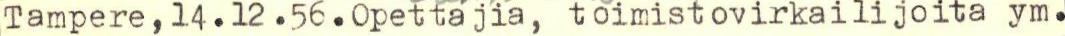
Tampere, 14.12.56.Opettajia, toimistovirkailijoita ym.